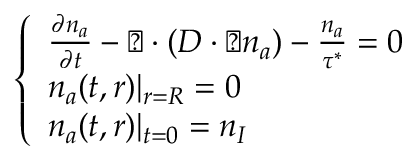
\left\{ \begin{array} { l l } { \frac { \partial n _ { a } } { \partial t } - \triangledown \cdot ( D \cdot \triangledown n _ { a } ) - \frac { n _ { a } } { \tau ^ { * } } = 0 } \\ { n _ { a } ( t , r ) | _ { r = R } = 0 } \\ { n _ { a } ( t , r ) | _ { t = 0 } = n _ { I } } \end{array} \right.